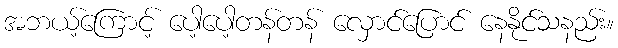
အဘယ့်ကြောင့် ပေါ့ပေါ့တန်တန် လှောင်ပြောင် နေနိုင်သနည်း။